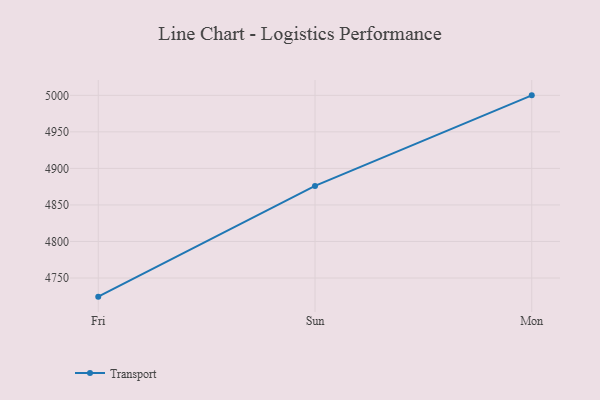
{"axis": {"x": "Day", "y": "Bounce Rate (%)"}, "legend": ["Transport"], "data": [{"x": "Fri", "y": 4724.5, "type": "Transport"}, {"x": "Sun", "y": 4876.1, "type": "Transport"}, {"x": "Mon", "y": 5000, "type": "Transport"}]}